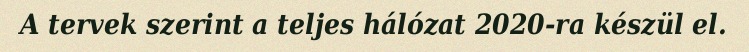
A tervek szerint a teljes hálózat 2020-ra készül el.